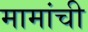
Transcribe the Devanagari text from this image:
मामांची